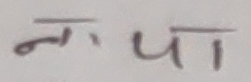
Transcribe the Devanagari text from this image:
ना पा